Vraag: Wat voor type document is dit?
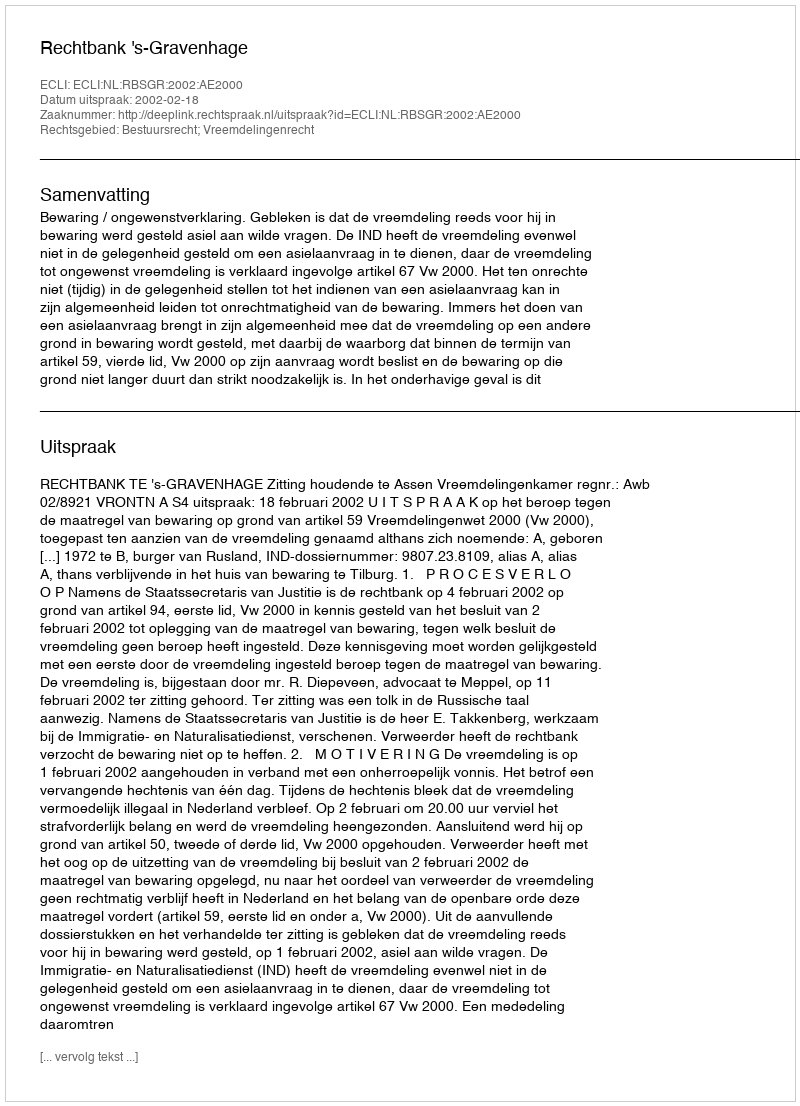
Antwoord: Uitspraak